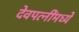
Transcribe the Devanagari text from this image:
देवपत्‍नींमध्ये